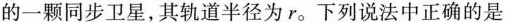
的一颗同步卫星，其轨道半径为r。下列说法中正确的是